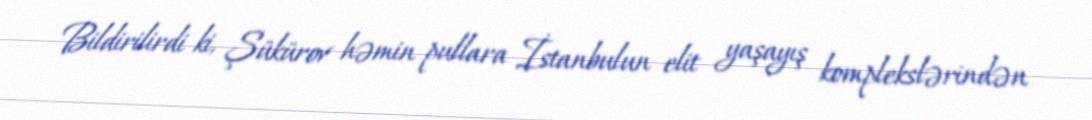
Bildirilirdi ki, Şükürov həmin pullara İstanbulun elit yaşayış komplekslərindən